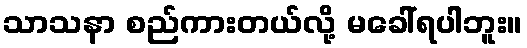
သာသနာ စည်ကားတယ်လို့ မခေါ်ရပါဘူး။